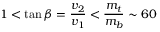
1 < \tan \beta = \frac { v _ { 2 } } { v _ { 1 } } < \frac { m _ { t } } { m _ { b } } \sim 6 0